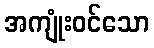
အကျုံးဝင်သော